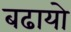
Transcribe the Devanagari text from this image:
बढायो